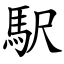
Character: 駅